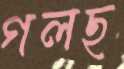
গলছ